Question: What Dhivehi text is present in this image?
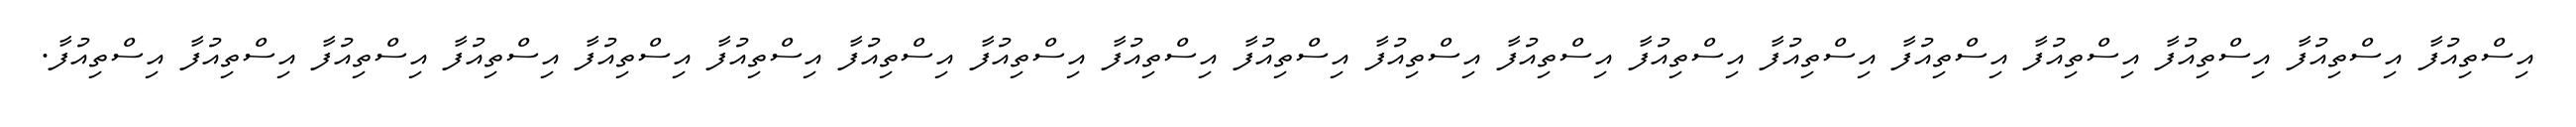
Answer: އިސްތިއުފާ އިސްތިއުފާ އިސްތިއުފާ އިސްތިއުފާ އިސްތިއުފާ އިސްތިއުފާ އިސްތިއުފާ އިސްތިއުފާ އިސްތިއުފާ އިސްތިއުފާ އިސްތިއުފާ އިސްތިއުފާ އިސްތިއުފާ އިސްތިއުފާ އިސްތިއުފާ އިސްތިއުފާ އިސްތިއުފާ އިސްތިއުފާ އިސްތިއުފާ.